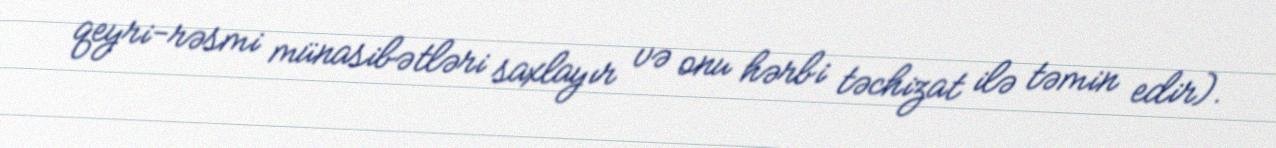
qeyri-rəsmi münasibətləri saxlayır və onu hərbi təchizat ilə təmin edir).